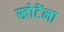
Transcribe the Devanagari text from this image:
खोटेंना